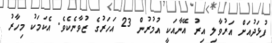
ފުޅަދުއަށް އަރުވާލި އިރު އޭނާއަކީ އުމުރުން 23 އަހަރުގެ ޒުވާނެކެވެ. އެކަމަކު މިހާރު